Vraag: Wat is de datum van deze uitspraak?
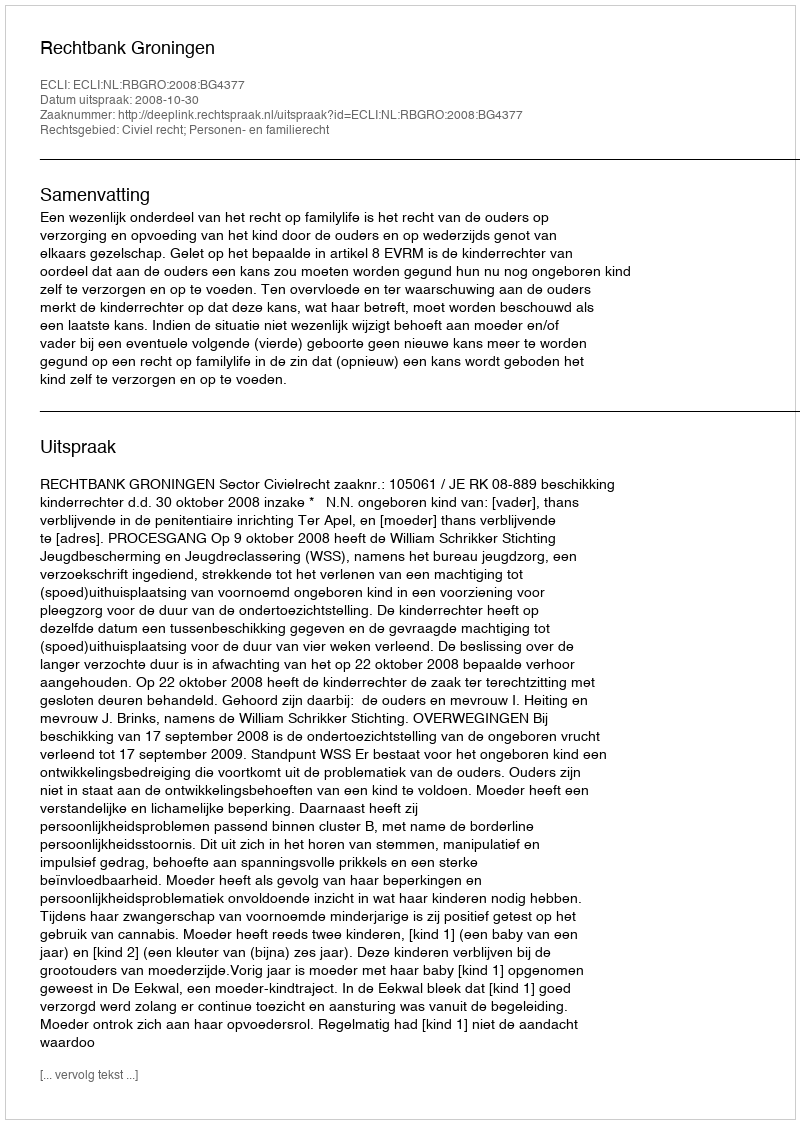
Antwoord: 2008-10-30